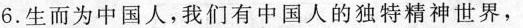
6.生而为中国人，我们有中国人的独特精神世界，